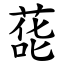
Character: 蒊